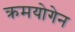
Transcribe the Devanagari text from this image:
क्रमयोगेन